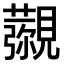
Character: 𧢖